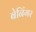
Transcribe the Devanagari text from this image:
बेनिंगर